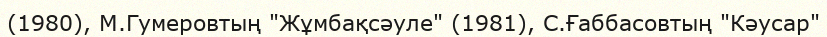
(1980), М.Гумеровтың "Жұмбақсәуле" (1981), С.Ғаббасовтың "Кәусар"